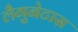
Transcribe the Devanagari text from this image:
लैगुनेटास